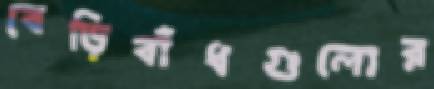
বেড়িবাঁধগুলোর